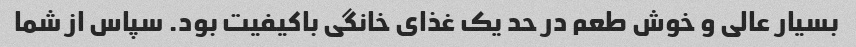
بسیار عالی و خوش طعم در حد یک غذای خانگی باکیفیت بود. سپاس از شما